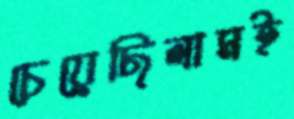
চেয়েছিলামই